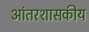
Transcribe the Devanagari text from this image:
आंतरशासकीय